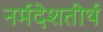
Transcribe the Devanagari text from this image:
नर्मदेशतीर्थ